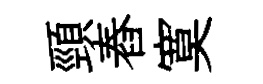
頸舂寞